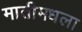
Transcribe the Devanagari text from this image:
मातीमधला